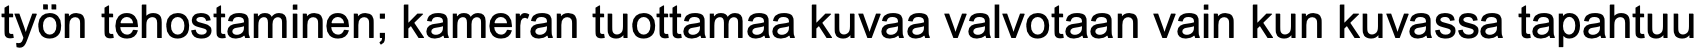
työn tehostaminen; kameran tuottamaa kuvaa valvotaan vain kun kuvassa tapahtuu